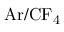
\mathrm { { A r / C F _ { 4 } } }